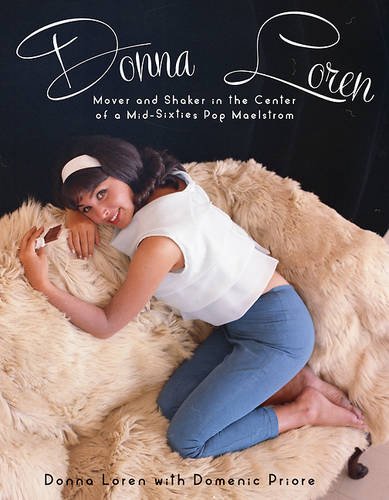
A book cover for Donna Loren: Mover and Shaker in the Center of a Mid-Sixties Pop Maelstrom; Donna Loren; Arts & Photography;